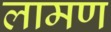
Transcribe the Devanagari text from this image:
लामण